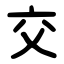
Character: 交